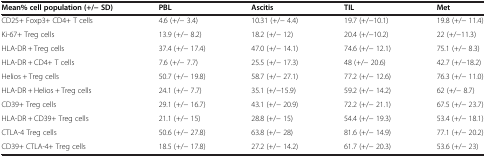
<table><thead><tr><td><b>Mean% cell population (+/− SD)</b></td><td><b>PBL</b></td><td><b>Ascitis</b></td><td><b>TIL</b></td><td><b>Met</b></td></tr></thead><tbody><tr><td>CD25+ Foxp3+ CD4+ T cells</td><td>4.6 (+/− 3.4)</td><td>10.31 (+/− 4.4)</td><td>19.7 (+/−10.1)</td><td>19.8 (+/− 11.4)</td></tr><tr><td>Ki-67+ Treg cells</td><td>13.9 (+/− 8.2)</td><td>18.2 (+/− 12)</td><td>20.4 (+/−10.2)</td><td>22 (+/−11.3)</td></tr><tr><td>HLA-DR + Treg cells</td><td>37.4 (+/− 17.4)</td><td>47.0 (+/− 14.1)</td><td>74.6 (+/− 12.1)</td><td>75.1 (+/− 8.3)</td></tr><tr><td>HLA-DR + CD4+ T cells</td><td>7.6 (+/− 7.7)</td><td>25.5 (+/− 17.3)</td><td>48 (+/− 20.6)</td><td>42.7 (+/−18.2)</td></tr><tr><td>Helios + Treg cells</td><td>50.7 (+/− 19.8)</td><td>58.7 (+/− 27.1)</td><td>77.2 (+/− 12.6)</td><td>76.3 (+/− 11.0)</td></tr><tr><td>HLA-DR + Helios + Treg cells</td><td>24.1 (+/− 7.7)</td><td>35.1 (+/−15.9)</td><td>59.2 (+/− 14.2)</td><td>62 (+/− 8.7)</td></tr><tr><td>CD39+ Treg cells</td><td>29.1 (+/− 16.7)</td><td>43.1 (+/− 20.9)</td><td>72.2 (+/− 21.1)</td><td>67.5 (+/− 23.7)</td></tr><tr><td>HLA-DR + CD39+ Treg cells</td><td>21.1 (+/− 15)</td><td>28.8 (+/− 15)</td><td>54.4 (+/− 19.3)</td><td>53.4 (+/− 18.1)</td></tr><tr><td>CTLA-4 Treg cells</td><td>50.6 (+/− 27.8)</td><td>63.8 (+/− 28)</td><td>81.6 (+/− 14.9)</td><td>77.1 (+/− 20.2)</td></tr><tr><td>CD39+ CTLA-4+ Treg cells</td><td>18.5 (+/− 17.8)</td><td>27.2 (+/− 14.2)</td><td>61.7 (+/− 20.3)</td><td>53.6 (+/− 23)</td></tr></tbody></table>